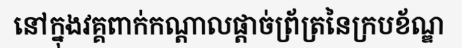
នៅក្នុងវគ្គពាក់កណ្តាលផ្តាច់ព្រ័ត្រនៃក្របខ័ណ្ឌ